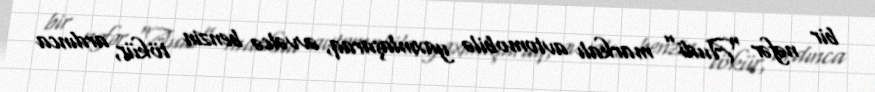
bir nəfər “Audi” markalı avtomobilə yaxınlaşaraq, əvvəlcə benzin tökür, ardınca